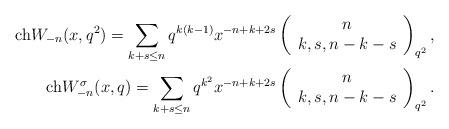
LaTeX: \begin{align*}{\rm ch} W_{-n}(x,q^2)=\sum_{k+s\le n} q^{k(k-1)} x^{-n+k+2s} \left(\begin{array}{c} n\\ k,s,n-k-s\\ \end{array}\right)_{q^2},\\{\rm ch} W^\sigma_{-n}(x,q)=\sum_{k+s\le n} q^{k^2}x^{-n+k+2s} \left(\begin{array}{c} n\\ k,s,n-k-s\\ \end{array}\right)_{q^2}.\end{align*}